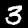
Label: 3